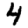
Digit: 4